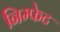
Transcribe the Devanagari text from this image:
निम्फेट